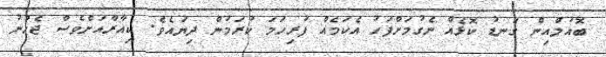
ބޮއުލްއިން ގަނޑު ކޮޅެއް ނެގުމަށްފަހު އެކަމެއް ފުރިހަމަ ކުރަމުން ދިޔައެވެ. ކިއާރާއަށްވެސް ޖެހުނު